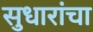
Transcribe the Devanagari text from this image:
सुधारांचा